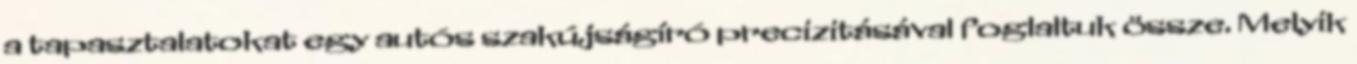
a tapasztalatokat egy autós szakújságíró precizitásával foglaltuk össze. Melyik